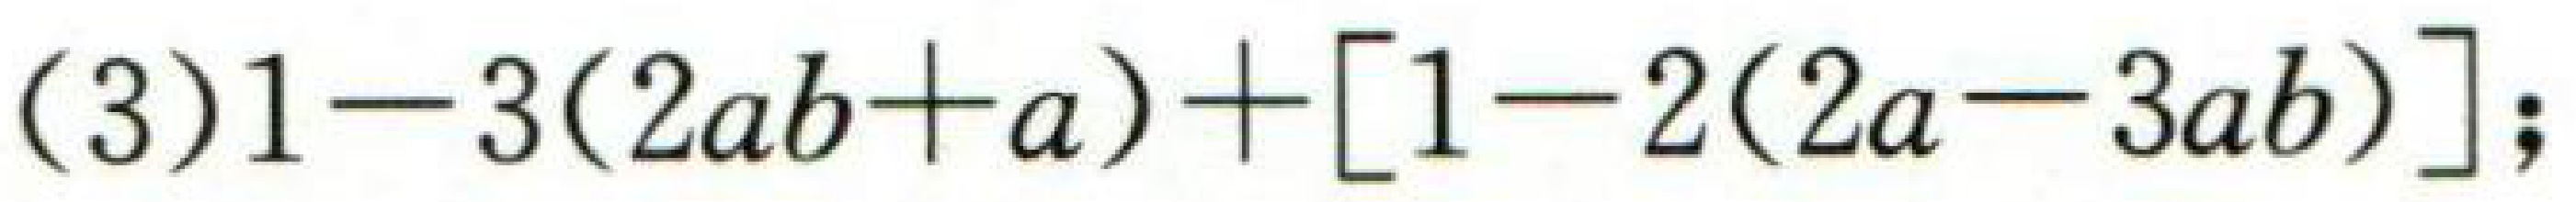
$(3)1 - 3(2ab + a)+[1 - 2(2a - 3ab)];$